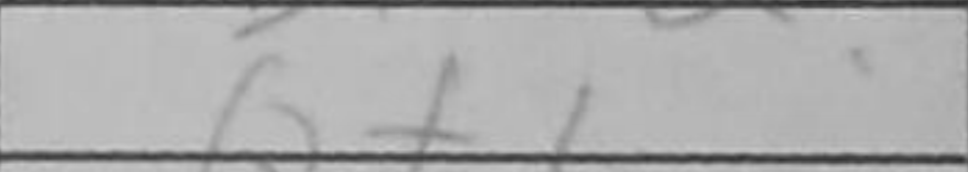
Transcription: Qf1